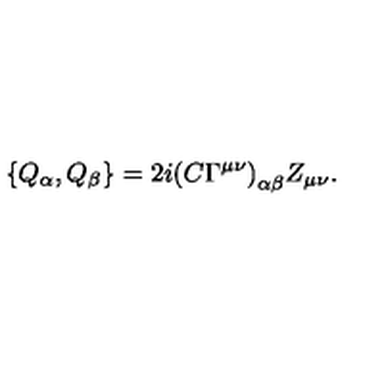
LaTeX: \left\{ Q _ { \alpha } , Q _ { \beta } \right\} = 2 i { ( C \Gamma ^ { \mu \nu } ) } _ { \alpha \beta } Z _ { \mu \nu } .